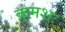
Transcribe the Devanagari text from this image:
क्रमश्ः